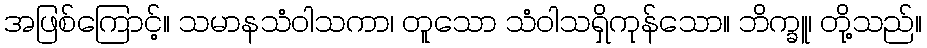
အဖြစ်ကြောင့်။ သမာနသံဝါသကာ၊ တူသော သံဝါသရှိကုန်သော။ ဘိက္ခူ၊ တို့သည်။